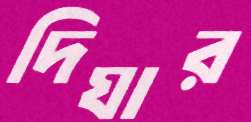
দিঘার